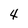
Character: 4